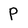
Character: P